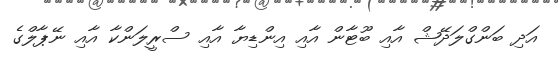
އަދި ބަންގްލަދޭޝް އާއި ބޫޓާން އާއި އިންޑިޔާ އާއި ސްރީލަންކާ އާއި ނޭޕާލްގެ